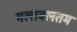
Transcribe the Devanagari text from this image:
मलावलतम